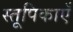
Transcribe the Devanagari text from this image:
स्तूपिकाएँ